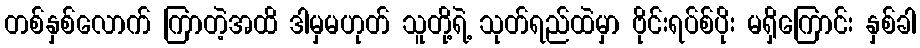
တစ်နှစ်လောက် ကြာတဲ့အထိ ဒါမှမဟုတ် သူတို့ရဲ့ သုတ်ရည်ထဲမှာ ဗိုင်းရပ်စ်ပိုး မရှိကြောင်း နှစ်ခါ